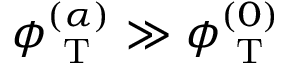
\phi _ { \mathrm { ~ T ~ } } ^ { ( \alpha ) } \gg \phi _ { \mathrm { ~ T ~ } } ^ { ( 0 ) }